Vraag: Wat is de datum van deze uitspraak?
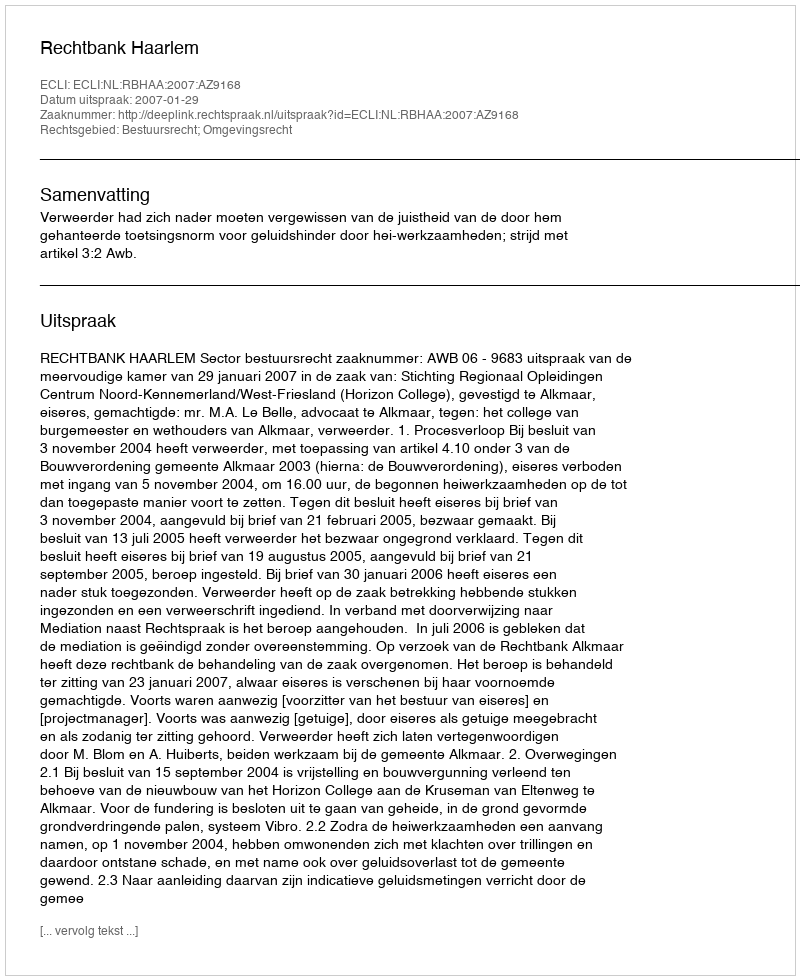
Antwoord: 2007-01-29